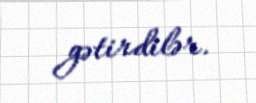
gətirdilər.